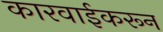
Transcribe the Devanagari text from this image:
कारवाईकरून